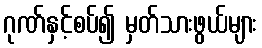
ဂုဏ်နှင့်စပ်၍ မှတ်သားဖွယ်များ